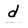
Character: d